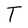
Character: T